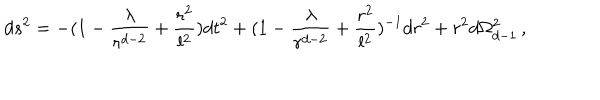
LaTeX: d s ^ { 2 } = - ( 1 - { \frac { \lambda } { r ^ { d - 2 } } } + { \frac { r ^ { 2 } } { l ^ { 2 } } } ) d t ^ { 2 } + ( 1 - { \frac { \lambda } { r ^ { d - 2 } } } + { \frac { r ^ { 2 } } { l ^ { 2 } } } ) ^ { - 1 } d r ^ { 2 } + r ^ { 2 } d \Omega _ { d - 1 } ^ { 2 } \, ,